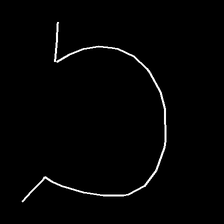
Glyph: weave